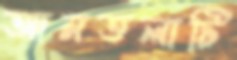
আমতলাটি